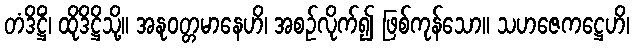
တံဒိဋ္ဌိံ၊ ထိုဒိဋ္ဌိသို့။ အနုဝတ္တမာနေဟိ၊ အစဉ်လိုက်၍ ဖြစ်ကုန်သော။ သဟဇေကဋ္ဌေဟိ၊